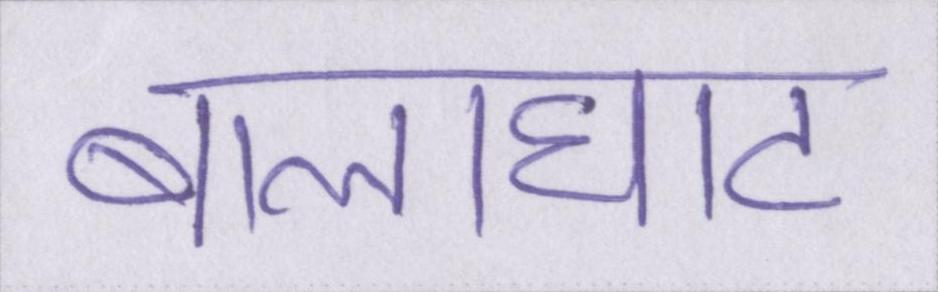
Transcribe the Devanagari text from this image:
बालाघाट